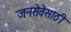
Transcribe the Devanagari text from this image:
जनसेवेसाठी